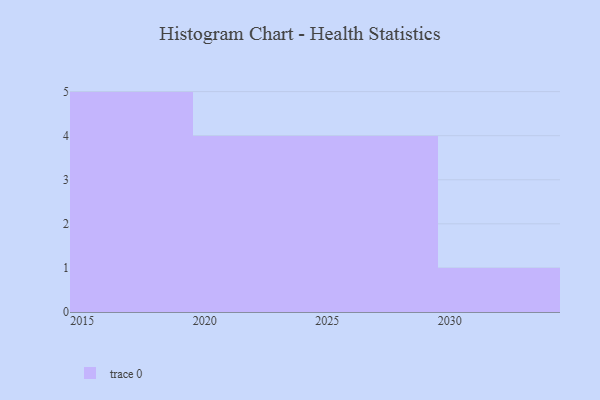
{"axis": {"x": "Year", "y": "Customer Acquisition Cost (USD)"}, "legend": [""], "data": [{"x": "2016", "y": 13, "type": ""}, {"x": "2021", "y": 84, "type": ""}, {"x": "2029", "y": 61, "type": ""}, {"x": "2027", "y": 61, "type": ""}, {"x": "2018", "y": 51, "type": ""}, {"x": "2019", "y": 52, "type": ""}, {"x": "2024", "y": 31, "type": ""}, {"x": "2028", "y": 15, "type": ""}, {"x": "2017", "y": 12, "type": ""}, {"x": "2030", "y": 24, "type": ""}, {"x": "2025", "y": 61, "type": ""}, {"x": "2015", "y": 85, "type": ""}, {"x": "2020", "y": 26, "type": ""}, {"x": "2023", "y": 81, "type": ""}]}